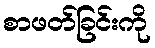
စာဖတ်ခြင်းကို